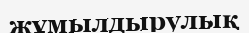
жұмылдырулық